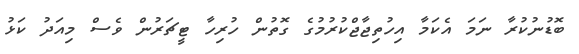
ބޮޑުނުކުރާ ނަމަ އެކަމާ އިހުތިޖާޖްކުރުމުގެ ގޮތުން ހުރިހާ ޓީޗަރުން ވެސް މިއަދު ކަޅު